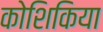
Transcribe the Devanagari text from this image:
कोशिकिया